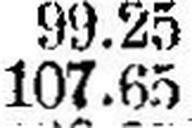
107.65